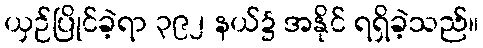
ယှဉ်ပြိုင်ခဲ့ရာ ၃၉၂ နယ်၌ အနိုင် ရရှိခဲ့သည်။